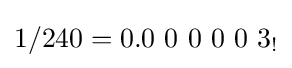
1/240=0.0\ 0\ 0\ 0\ 0\ 3_{!}